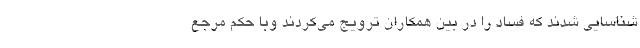
شناسایی شدند که فساد را در بین همکاران ترویج می‌کردند وبا حکم مرجع